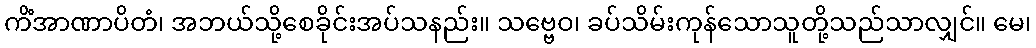
ကိံအာဏာပိတံ၊ အဘယ်သို့စေခိုင်းအပ်သနည်း။ သဗ္ဗေဝ၊ ခပ်သိမ်းကုန်သောသူတို့သည်သာလျှင်။ မေ၊